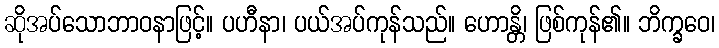
ဆိုအပ်သောဘာဝနာဖြင့်။ ပဟီနာ၊ ပယ်အပ်ကုန်သည်။ ဟောန္တိ၊ ဖြစ်ကုန်၏။ ဘိက္ခဝေ၊